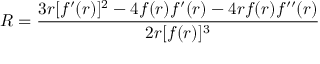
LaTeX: R = { \frac { 3 r [ f ^ { \prime } ( r ) ] ^ { 2 } - 4 f ( r ) f ^ { \prime } ( r ) - 4 r f ( r ) f ^ { \prime \prime } ( r ) } { 2 r [ f ( r ) ] ^ { 3 } } }